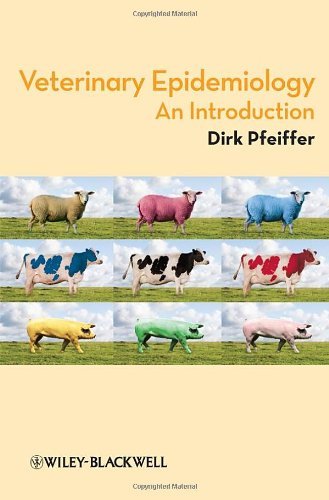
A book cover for Veterinary Epidemiology: An Introduction [Paperback] [2010] 1 Ed. Dirk Pfeiffer; Medical Books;